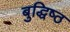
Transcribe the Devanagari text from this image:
बुद्धिष्‍ठ